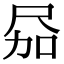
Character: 𪨎